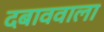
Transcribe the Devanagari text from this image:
दबाववाला